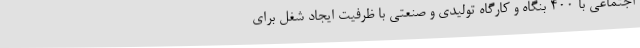
اجتماعی با 400 بنگاه و کارگاه تولیدی و صنعتی با ظرفیت ایجاد شغل برای